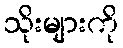
သိုးများကို